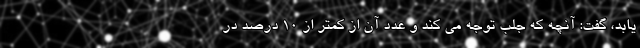
یابد، گفت: آنچه که جلب توجه می کند و عدد آن از کمتر از ۱۰ درصد در